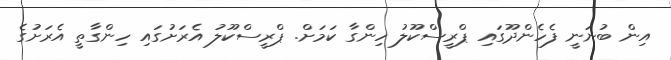
އިން ބުނަނީ ފެހެންދޫގައި ޕްރީސްކޫލު ހިންގާ ކަމަށް. ޕްރީސްކޫލު އެރަށުގައި ހިންގާތީ އެރަށުގެ